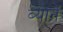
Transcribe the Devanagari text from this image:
ब्यार्ने